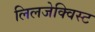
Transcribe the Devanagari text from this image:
लिलजेक्विस्ट